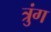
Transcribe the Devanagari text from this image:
त्रुंग